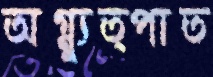
অগ্ন্যুত্পাত